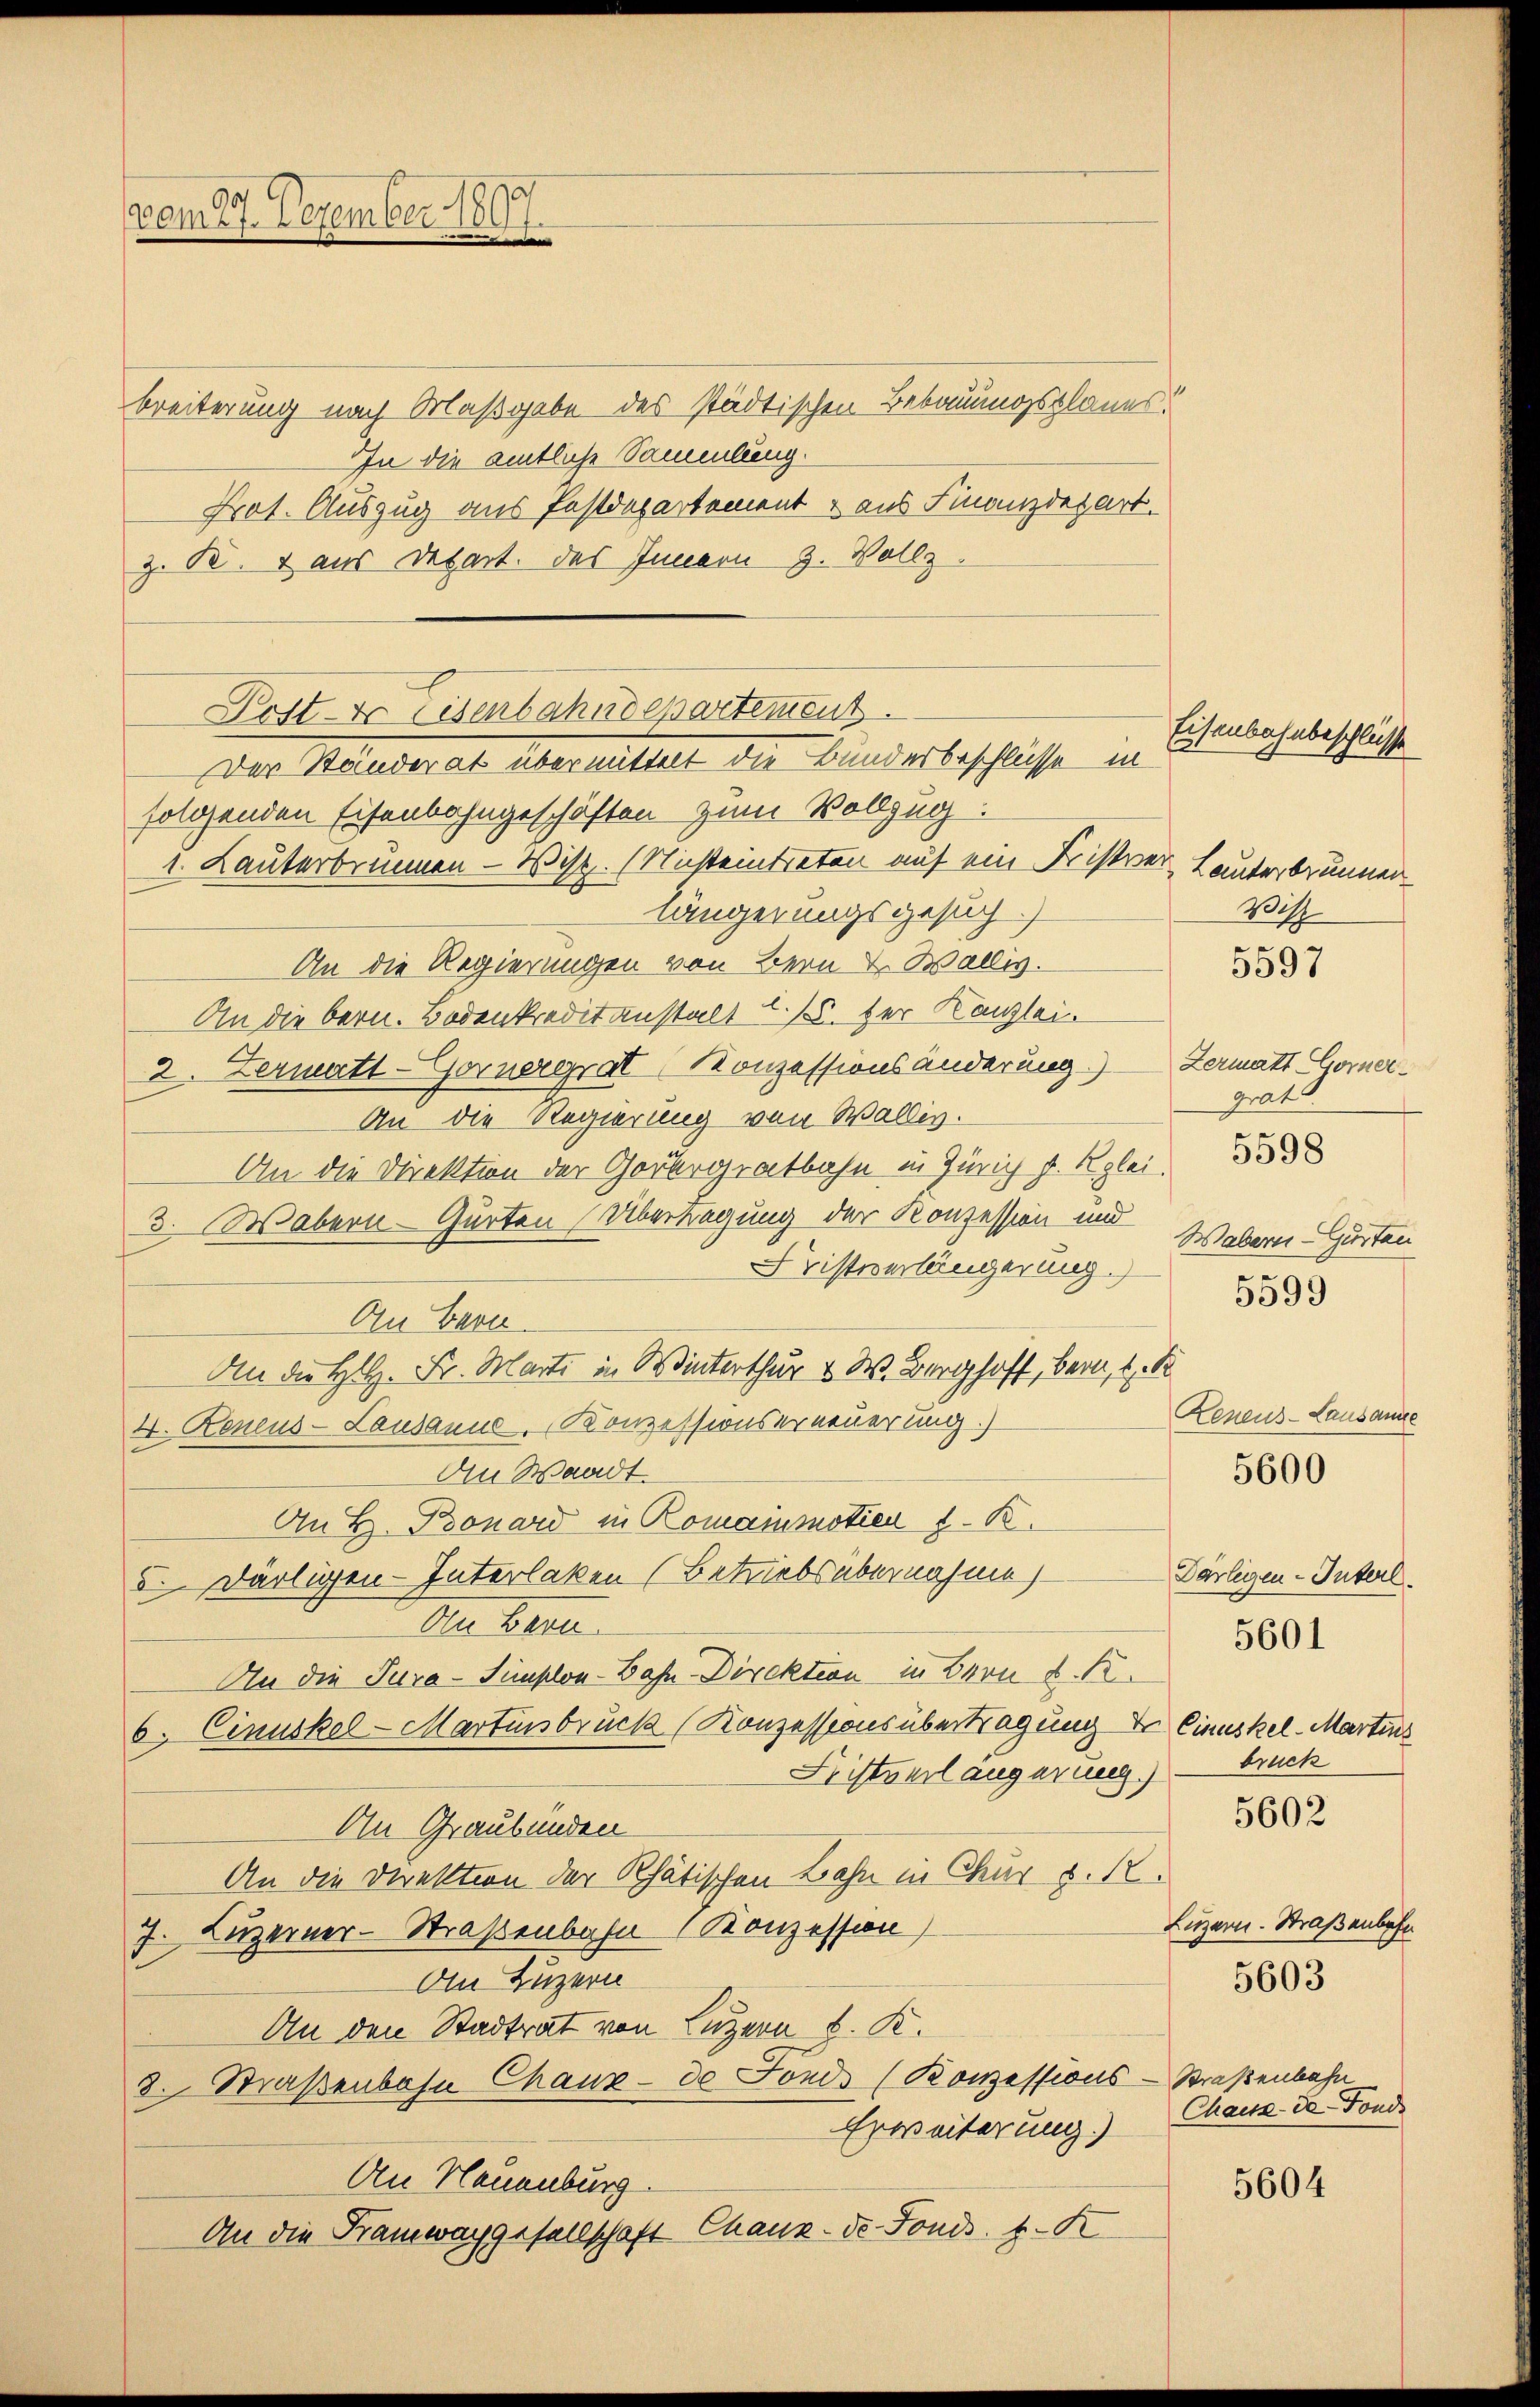
(vom 27. Dezember 1897.

breiterung nach Olaßgabe des städtischen Bebauungsplanes!
In die amtliche Sammlung.
Prot. Auszug aus Postdepartement & aus Finanzdepart.
z. B. aus Depart. des Innern 3. Vollz
solchenden Eisenbahngeschäften zum Vollzug.
1. Lauterbrunnen - Wist. (Nichteintreten auf ein Fristver-Lunterbrunner
längerungsgesuch.)
An die Regierungen von Bern u. Wallis.
An die bern. Bodenkreditanstalt 1. der Kanzlei.
2. Zermatt-Gornergrat Konzessionsänderung.) Zermatt Gorner¬
Au die Regierung von Wallis.
An die Direktion der Gorbergratbahn in Zürich u. Klei¬
3. Wabern- Gürten Übertragung der Konzession und
Fristverlängerung.)
An Bern.
An die H.H. Fr. Marti in Winterthur & W. Burghoff, Bern, 1 K
4. Renius-Lausanne, Konzessionserneuerung.
An Waadt.
An H. Bonard in Romainmotien 8. B.
5. Dartigen-Interlaken (Betriebsübernahme)
Ale Betr.
An die Tura-Sümphon-Bahn-Direktion in Bern d. R.
6. Cinuskel- Martinsbruck (Konzessions übertragung der Einuskel-Martins
Fristverlängerung.) - bruck
An Graubünden
An die Direktion der Rhätischen Bahn in Chur d. R.
7. Luzerner-Straßenbahn Konzession
An Luzern
An den Stadtrat von Luzern K. K.
8. Straßenbahn Chaux-do Fonds (Konzessions-Straßenbahn
Erweiterung.)
An Neuenburg.
An die Kramwachgesellschaft Chaux-de-Fonds. 4. K

Post- & Eisenbahndepartement
Der Bestrat abermittet der Bunderbeschliesse in

Eisenbahnbeschlüsse

Witz

5597

grat
Wabern Gustan
5599

5598

Zeneus-Lausanne

5600

Darlegen-Interl.
5602

5601

Luzern. Straßenbahn
Chaux-de-Fond

5603

5604